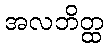
အလဘိတ္ထ